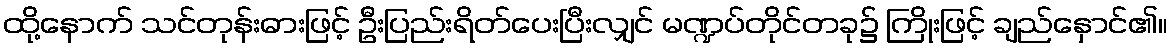
ထို့နောက် သင်တုန်းဓားဖြင့် ဦးပြည်းရိတ်ပေးပြီးလျှင် မဏ္ဍပ်တိုင်တခု၌ ကြိုးဖြင့် ချည်နှောင်၏။